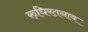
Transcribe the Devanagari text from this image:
रुधिरतनाव